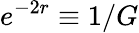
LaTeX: e^{-2r}\equiv 1/G